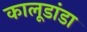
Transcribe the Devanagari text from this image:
कालूडांडा